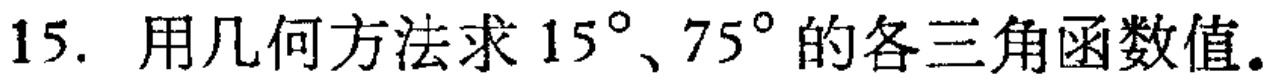
15. 用几何方法求 \(15^{\circ}\)、\(75^{\circ}\) 的各三角函数值。